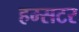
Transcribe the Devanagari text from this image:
हम्सटर